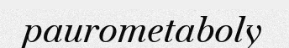
paurometaboly